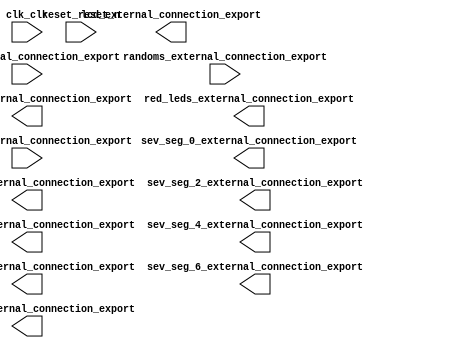

module blinky (
	clk_clk,
	grn_leds_external_connection_export,
	keys_external_connection_export,
	lcd_external_connection_export,
	randoms_external_connection_export,
	red_leds_external_connection_export,
	reset_reset_n,
	sev_seg_0_external_connection_export,
	sev_seg_1_external_connection_export,
	sev_seg_2_external_connection_export,
	sev_seg_3_external_connection_export,
	sev_seg_4_external_connection_export,
	sev_seg_5_external_connection_export,
	sev_seg_6_external_connection_export,
	sev_seg_7_external_connection_export,
	switches_external_connection_export);	

	input		clk_clk;
	output	[7:0]	grn_leds_external_connection_export;
	input	[2:0]	keys_external_connection_export;
	output	[12:0]	lcd_external_connection_export;
	input	[31:0]	randoms_external_connection_export;
	output	[16:0]	red_leds_external_connection_export;
	input		reset_reset_n;
	output	[6:0]	sev_seg_0_external_connection_export;
	output	[6:0]	sev_seg_1_external_connection_export;
	output	[6:0]	sev_seg_2_external_connection_export;
	output	[6:0]	sev_seg_3_external_connection_export;
	output	[6:0]	sev_seg_4_external_connection_export;
	output	[6:0]	sev_seg_5_external_connection_export;
	output	[6:0]	sev_seg_6_external_connection_export;
	output	[6:0]	sev_seg_7_external_connection_export;
	input	[17:0]	switches_external_connection_export;
endmodule